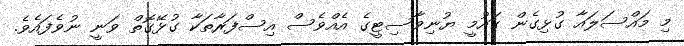
މި މައްސަލައާ ގުޅިގެން ގައުމީ ޔުނިވާސިޓީގެ އެއްވެސް އިސްފަރާތަކާ ގުޅޭގޮތް ވަނީ ނުވެފައެވެ.